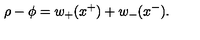
\rho - \phi = w _ { + } ( x ^ { + } ) + w _ { - } ( x ^ { - } ) .